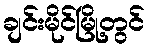
ချင်းမိုင်မြို့တွင်